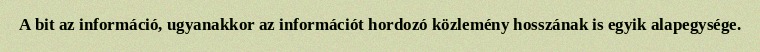
A bit az információ, ugyanakkor az információt hordozó közlemény hosszának is egyik alapegysége.